Annual report of the Punjab Veterinary College and of the Civil Veterinary Department, Punjab - 1920-1925
Year: 1920
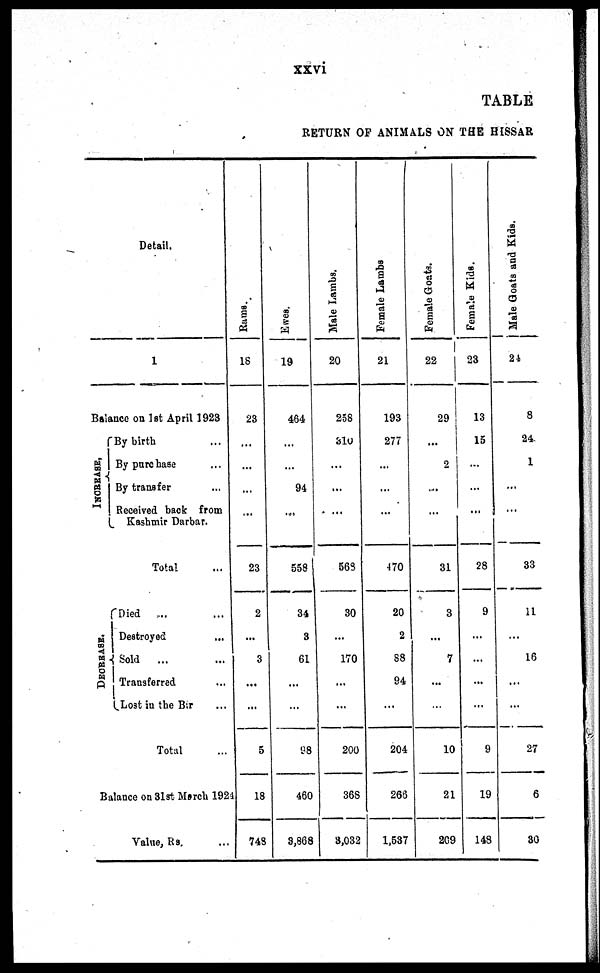
xxvi
TABLE
RETURN OF ANIMALS ON THE HISSAR
INCREASE,
DECREASE.
Detail.
1
Balance on 1st April 1923
By birth ...
By purchase ...
By transfer ...
Received back from
Kashmir Darbar.
Total
Died ....
Destroyed ...
Sold
...
Transferred ...
Lost in the Bar ...
Total ...
Balance on 31st March 1924
Value, Rs. ...
Rame.
18
23
...
...
...
...
23
2
...
3
...
...
5
18
748
Ewes.
19
464
...
...
94
...
558
34
8
61
...
...
98
460
8,868
Male Lambs,
20
258
310
...
...
...
563
30
...
170
...
...
200
368
8,032
Female Lambe
21
193
277
...
...
...
470
20
2
88
94
...
204
266
1,537
Female Goats.
22
29
...
2
...
...
31
3
...
7
...
...
10
21
269
Female Kids.
23
13
15
...
...
......
28
9
...
...
...
...
9
19
148
Male Goats and Kids
24
8
24
1
...
...
33
11
...
16
...
...
27
6
30